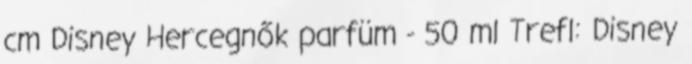
cm Disney Hercegnők parfüm - 50 ml Trefl: Disney